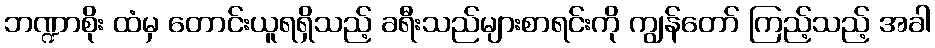
ဘဏ္ဍာစိုး ထံမှ တောင်းယူရရှိသည့် ခရီးသည်များစာရင်းကို ကျွန်တော် ကြည့်သည့် အခါ